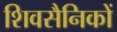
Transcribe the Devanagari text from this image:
शिवसैनिकों